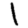
Digit: 1